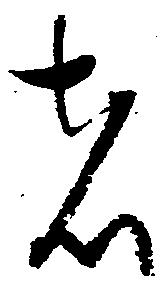
者